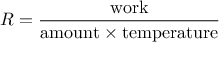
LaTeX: R = { \frac { \mathrm { w o r k } } { \mathrm { a m o u n t } \times \mathrm { t e m p e r a t u r e } } }